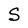
Character: S